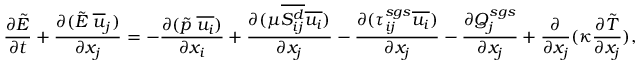
\frac { \partial \tilde { E } } { \partial t } + \frac { \partial ( \tilde { E } \; \overline { { u } } _ { j } ) } { \partial x _ { j } } = - \frac { \partial ( \tilde { p } \; \overline { { u _ { i } } } ) } { \partial x _ { i } } + \frac { \partial ( \mu \overline { { S _ { i j } ^ { d } } } \overline { { u _ { i } } } ) } { \partial x _ { j } } - \frac { \partial ( \tau _ { i j } ^ { s g s } \overline { { u _ { i } } } ) } { \partial x _ { j } } - \frac { \partial Q _ { j } ^ { s g s } } { \partial x _ { j } } + \frac { \partial } { \partial x _ { j } } ( \kappa \frac { \partial \tilde { T } } { \partial x _ { j } } ) ,